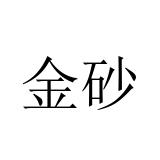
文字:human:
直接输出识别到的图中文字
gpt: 金砂